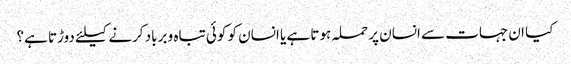
کیا ان جہات سے انسان پر حملہ ہوتا ہے یا انسان کو کوئی تباہ و برباد کرنے کیلئے دوڑتا ہے؟